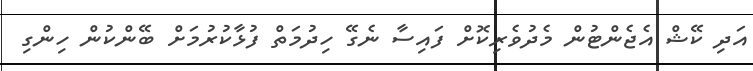
އަދި ކޭޝް އެޖެންޓުން މެދުވެރިކޮށް ފައިސާ ނެގޭ ހިދުމަތް ފުޅާކުރުމަށް ބޭންކުން ހިންގި